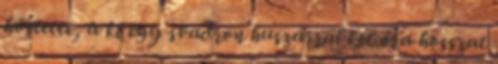
hőstette, a ki egy svadron huszárral két óra hosszat